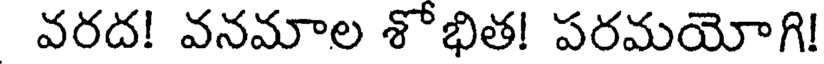
వరద! వనమాల శోభిత! పరమయోగి!